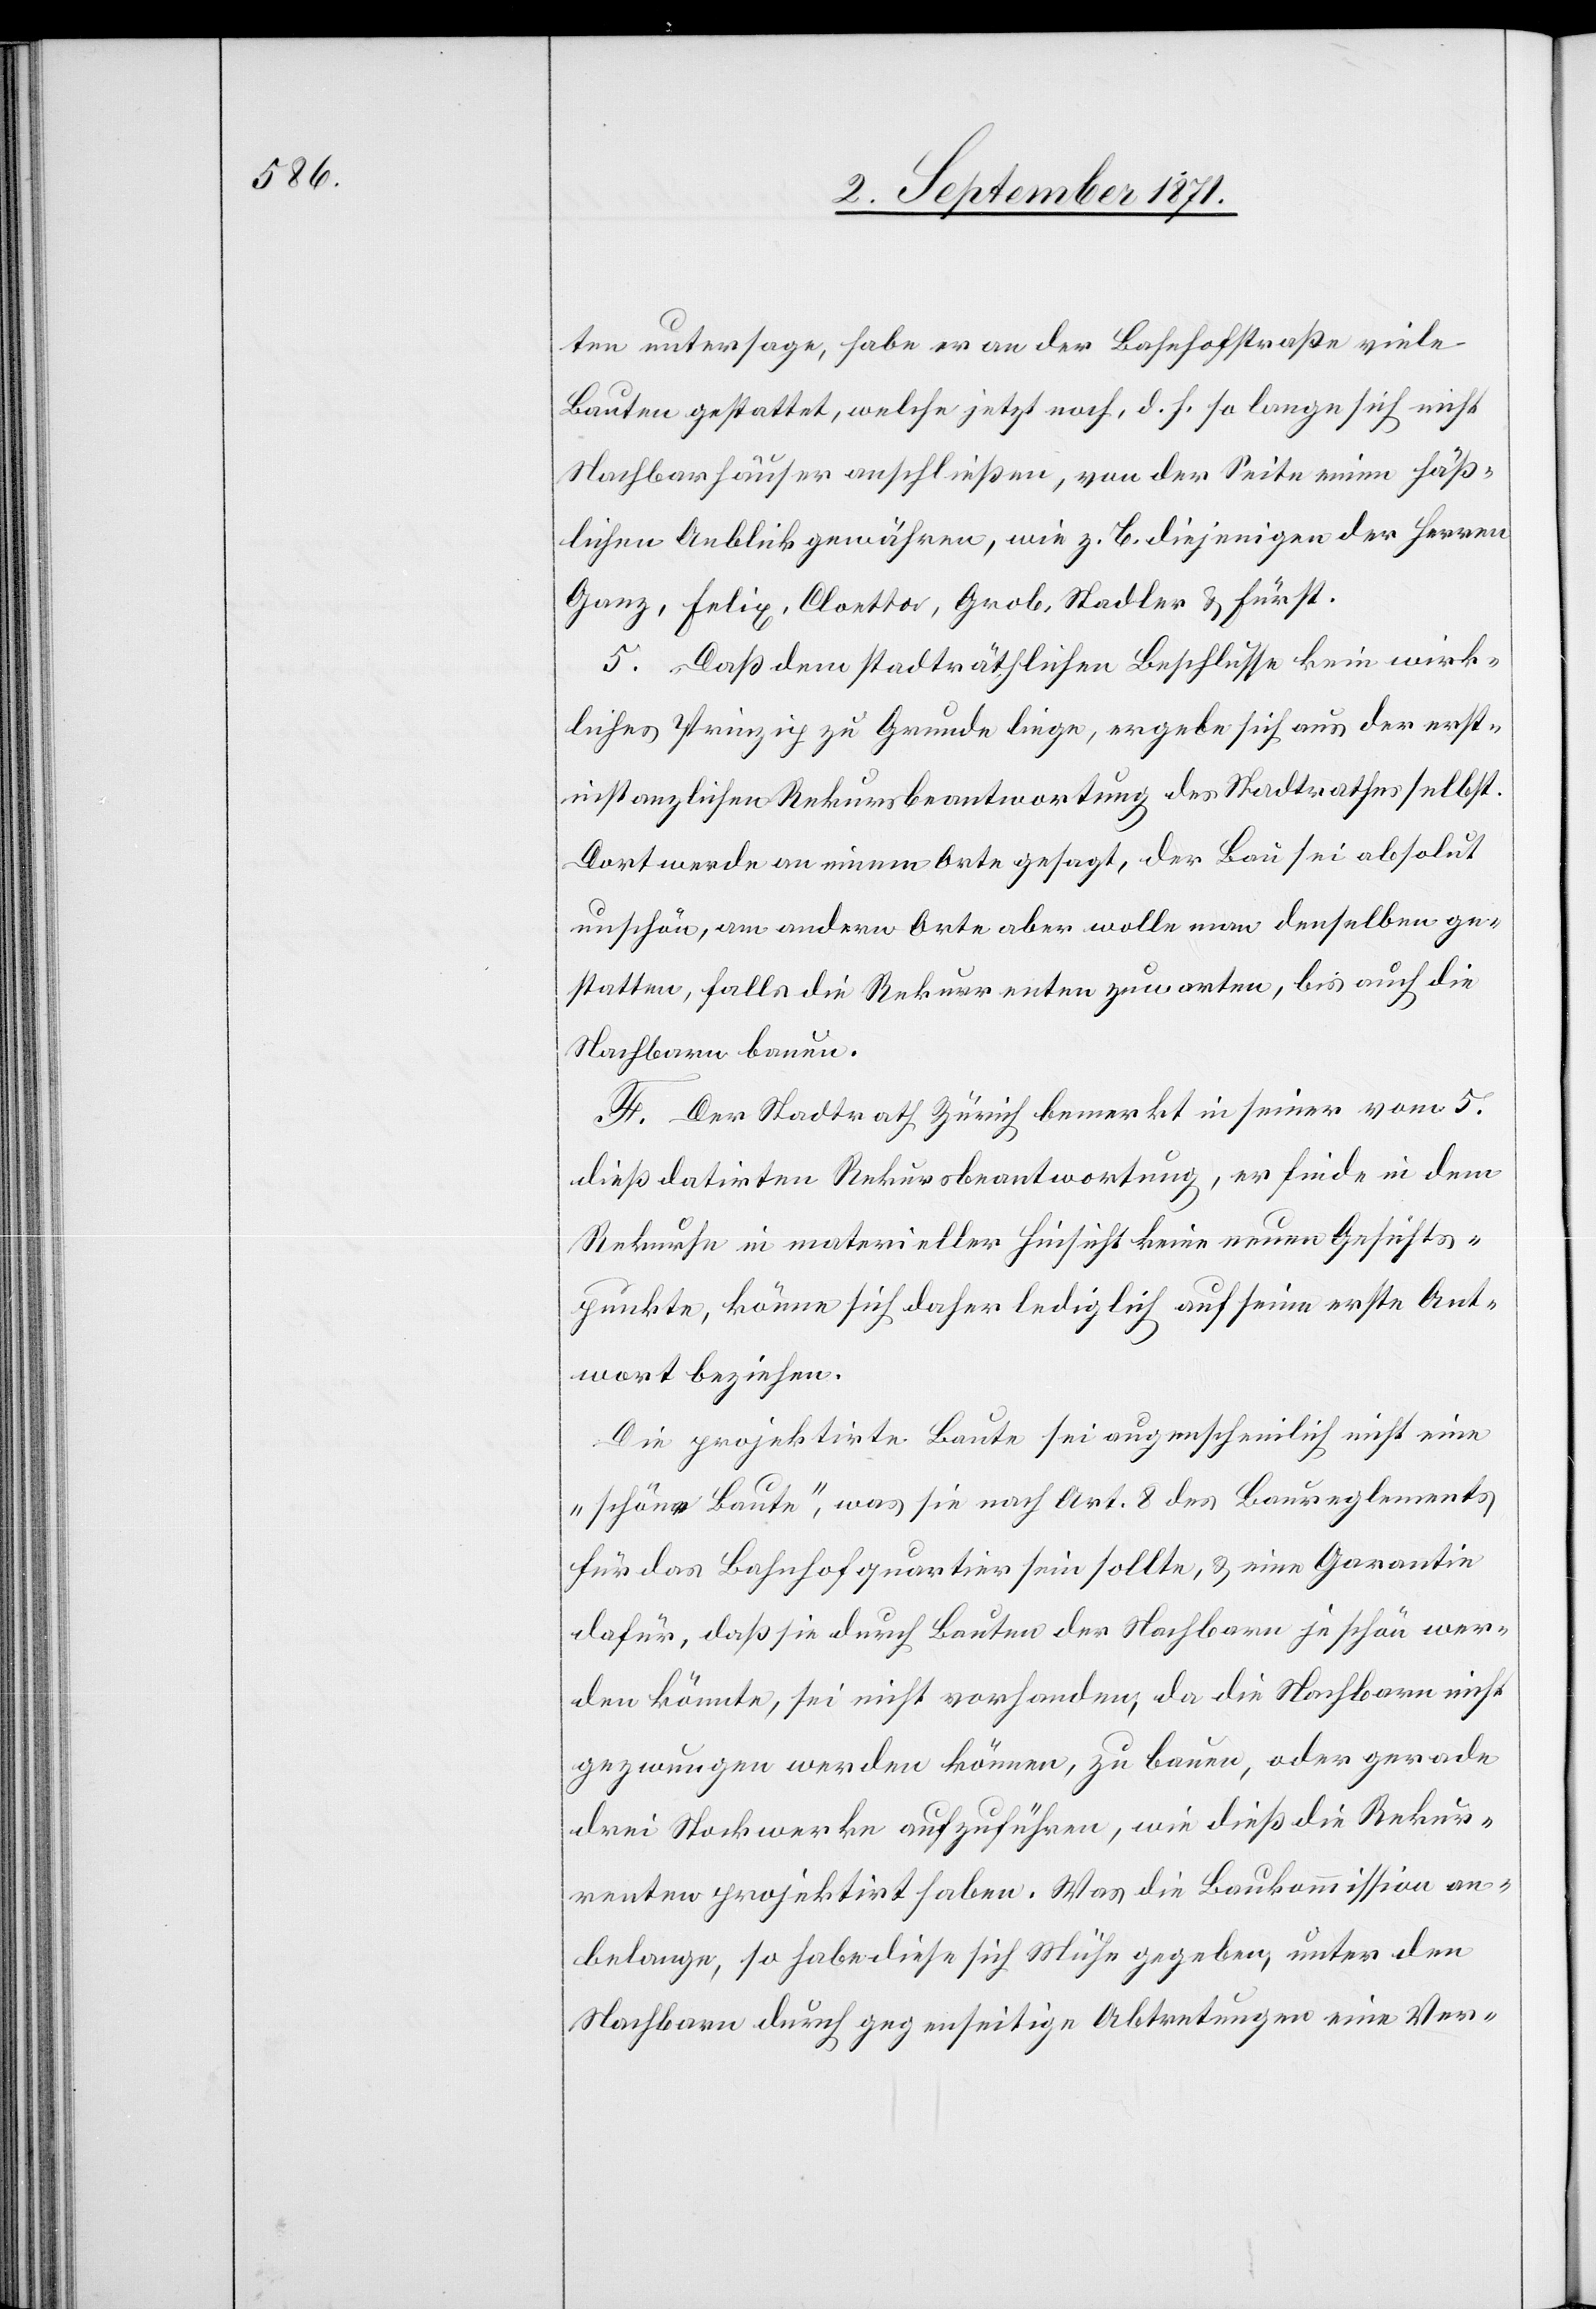
ten untersage, habe er an der Bahnhofstraße viele
Bauten gestattet, welche jetzt noch, d. h. so lange sich nicht
Nachbarhäuser anschließen, von der Seite einen häß¬
lichen Anblick gewähren, wie z. B. diejenigen der Herren
Ganz, Felix, Cloetta, Grob, Stadler & Hürst.
5. Daß dem stadträthlichen Beschlusse kein wirk¬
liches Prinzip zu Grunde liege, ergebe sich aus der erst¬
instanzlichen Rekursbeantwortung des Stadtrathes selbst.
Dort wurde an einem Orte gesagt, der Bau sei absolut
unschön, am anderen Orte aber wolle man denselben ge¬
statten, falls die Rekurrenten zuwarten, bis auch die
Nachbarn bauen.
F. Der Stadtrath Zürich bemerkt in seiner vom 5.
dieß datirten Rekursbeantwortung, es finde in dem
Rekurse in materieller Hinsicht keine neuen Gesichts¬
punkte, könne sich daher lediglich auf seine erste Ant¬
wort beziehen.
Die projektirte Baute sei augenscheinlich nicht eine
„schöne Baute“, was sie nach Art. 8 des Baureglements
für das Bahnhofquartier sein sollte, & eine Garantie
dafür, daß sie durch Bauten der Nachbarn je schön wer¬
den könnte, sei nicht vorhanden, da die Nachbarn nicht
gezwungen werden können, zu bauen oder gerade
drei Stockwerke aufzuführen, wie dieß die Rekur¬
renten projektirt haben. Was die Baukommission an¬
belange, so habe diese sich Mühe gegeben, unter den
Nachbarn durch gegenseitige Abtretungen eine Ver-